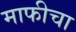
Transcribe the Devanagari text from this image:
माफीचा